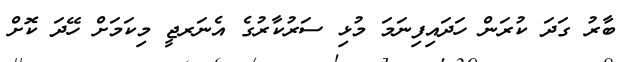
ބާރު ގަދަ ކުރަން ހަދައިފިނަމަ މުޅި ސަރުކާރުގެ އެނަރޖީ މިކަމަށް ހޭދަ ކޮށް